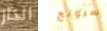
انذار سبونج